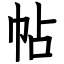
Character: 帖